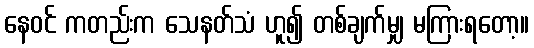
နေဝင် ကတည်းက သေနတ်သံ ဟူ၍ တစ်ချက်မျှ မကြားရတော့။